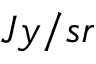
J y / s r